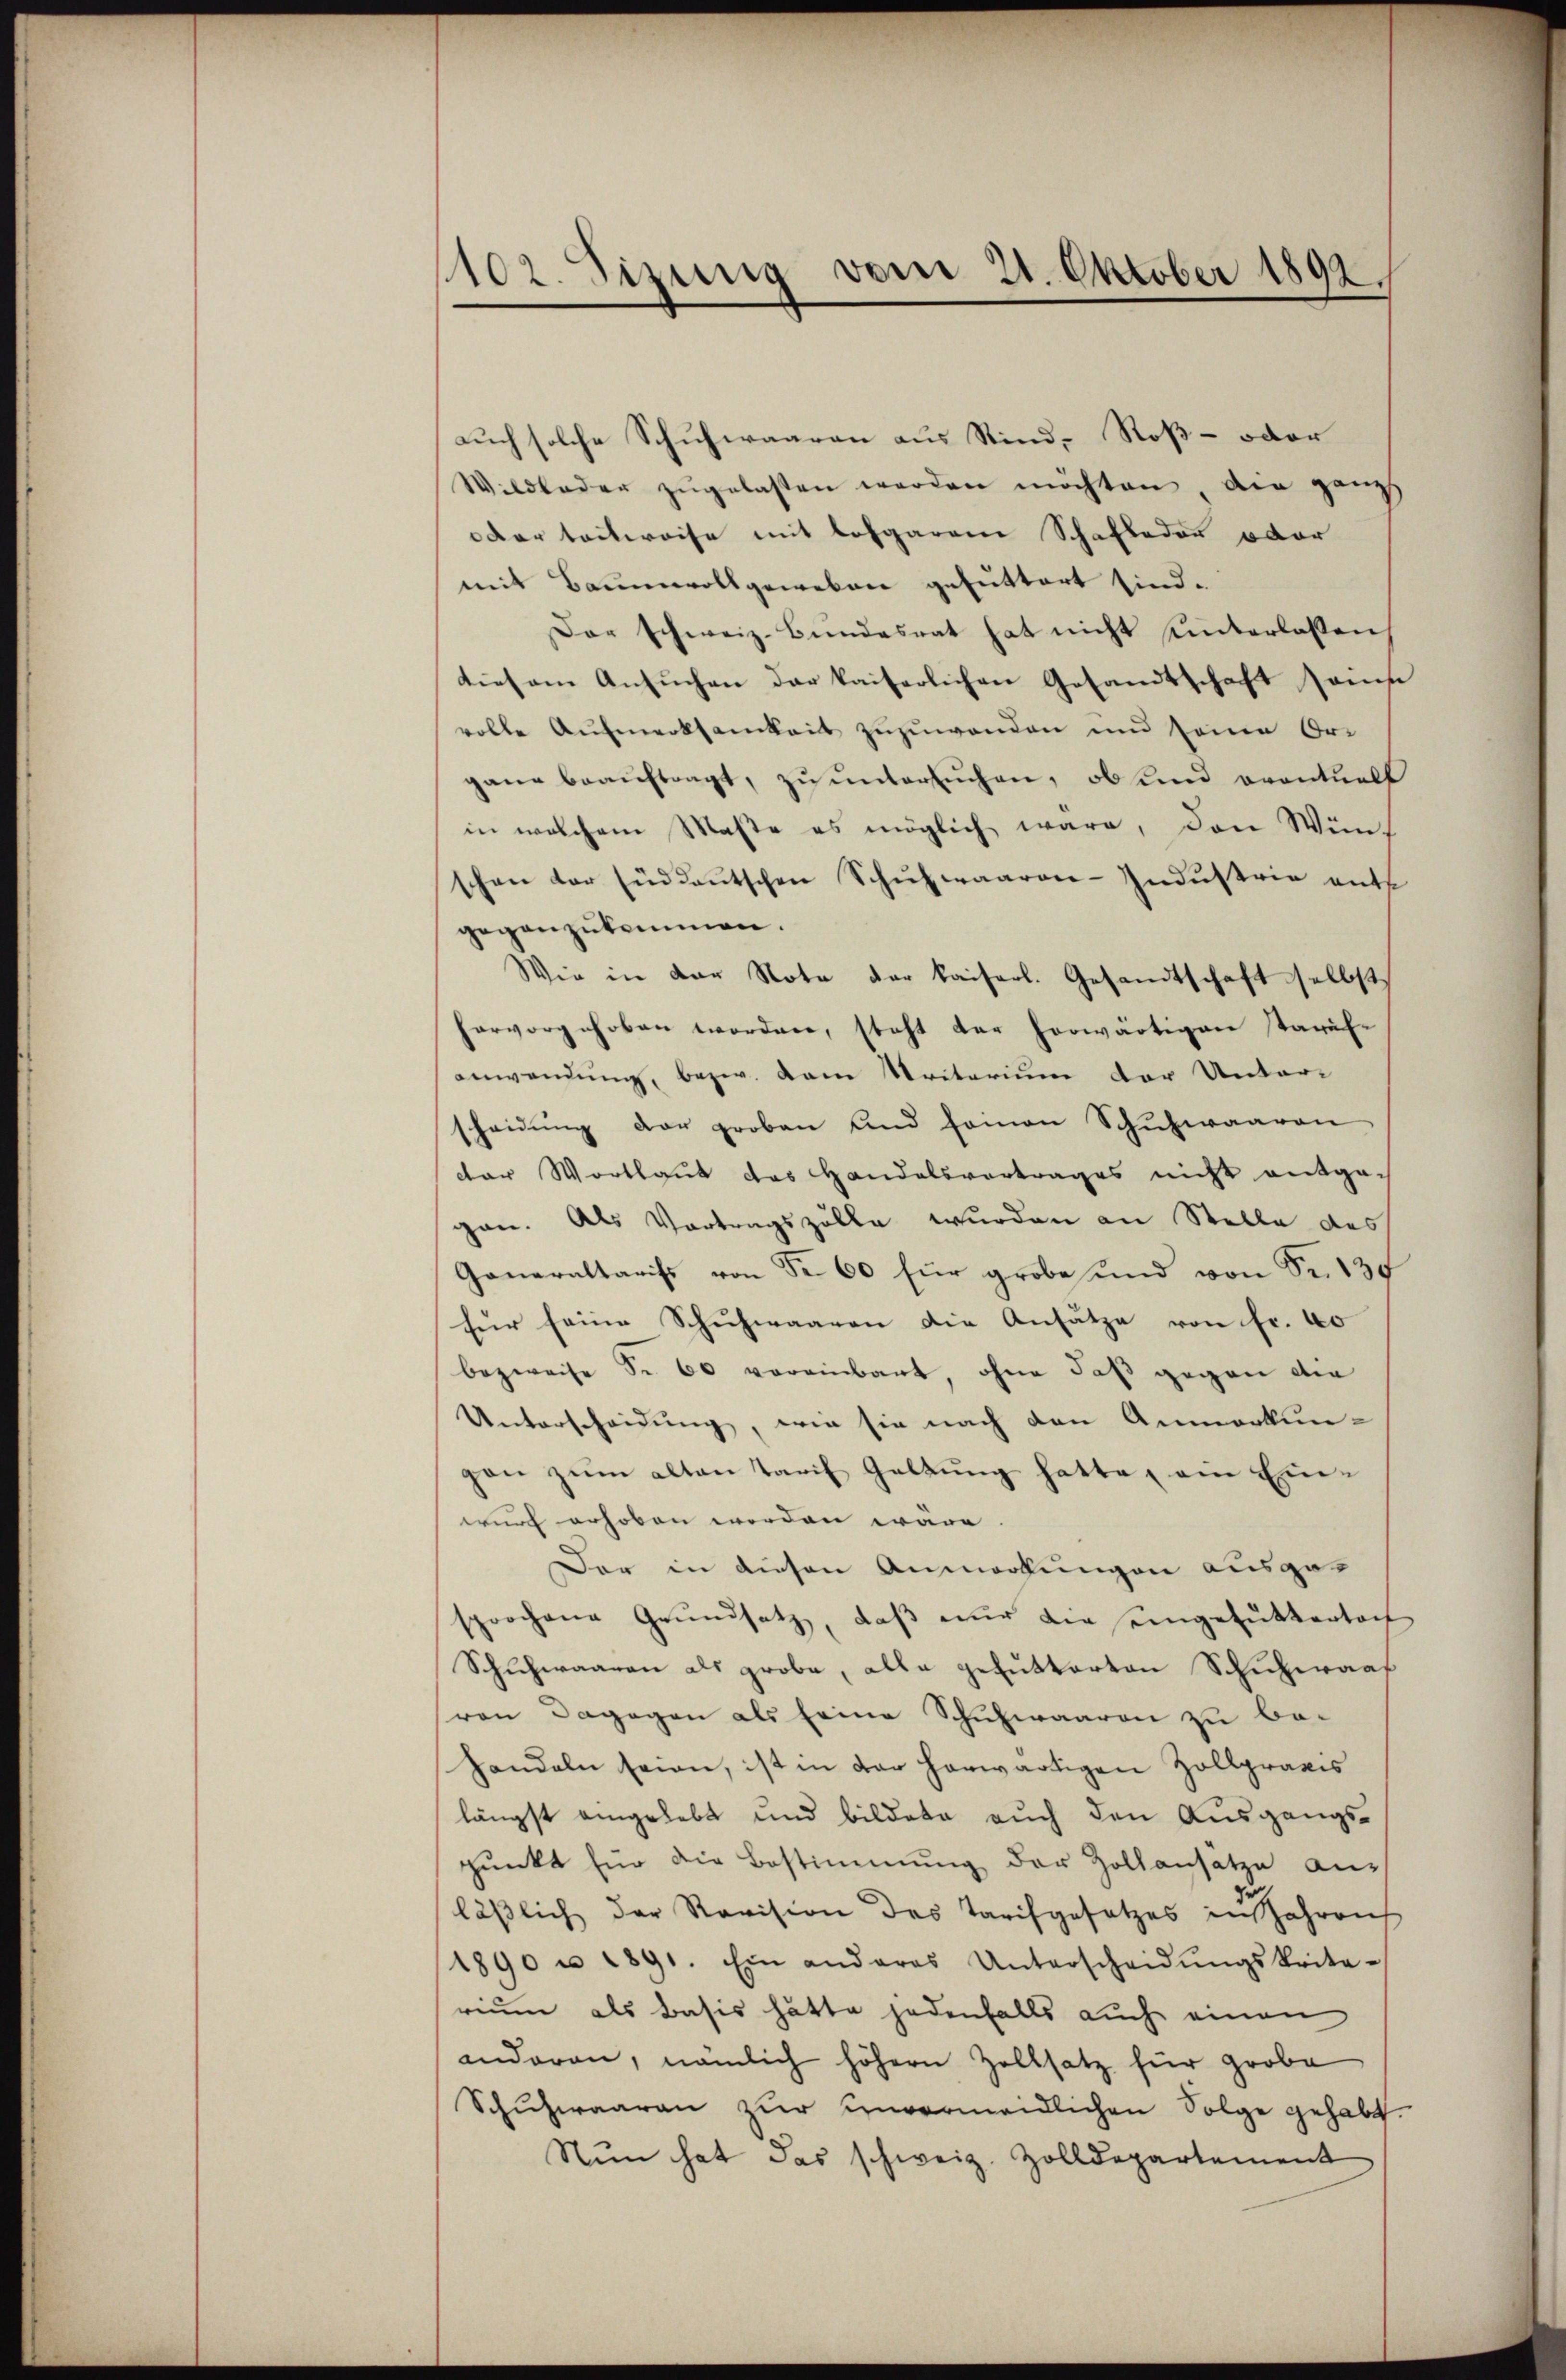
102. Sizung vom 21. Oktober 1892.

auch solche Schuhwaaren aus Rind- Roß- oder
Wildloder zugelassen werden möchten, die ganz
oder teilweise mit losgarem Schafladen oder
mit Baumwollgeweben gefuttert sind.
Dar schweiz. Bŭndesrat hat nicht unterlassen
ties am Ansuchen der kaiserlichen Gesandtschaft seine
volle Aufmerksamkeit zuzuwenden und seine Ori
gane beaŭftragt, zu untersŭchen, ob und eventuell
in welchem Maste es möglich wäre, den Wüns
schon der süddeŭtschen Schŭhwaaren-Industrie ents
gegenzukommen.
Wie in der Note der kaiserl. Gesandtschaft selbst
hervorgehoben worden, steht der herwärtigen staräf-
anwendung, bezw. dem Uritorium der Unter-
scheidŭng der groben und seinen Schŭlwaaren
dar Wortlaut das Handelsvertrages nicht entgegan. Als Vortragszölle wurden an Stelle des
Generaltarifs von Fr. 60 für grobe und von Sr. 130
für seine Schuhwaaren die Ansätze von fr. 60
bezweife Sr. 60 vereinbart, ohne daß gegen die
Unterscheidung, wie sie nach den Anmerkun-
gan zŭm alten Tarif Galtŭng hatte, am Einwurf erhoben worden wäre.
Der in diesen Anmerkungen ausgesprochene Grundsatz, daß nur die eingefuttertoch
Schuhwaaren als grobe, alle gefutterten Schuhwaaf
von dagegen als seine Schulwaaren zu be-
handeln seien, ist in der herwärtigen Zollpraxis
längst eingelebt und bildete auch den Ausgangspunkt für die Bestimmung der Zollansatze anläβlich der Revision des Tarifgesetzes in Jahren
1890 u. 1891. Ein anderes Unterscheidŭngskrita-
rium als Basis hätte jedenfalls auch einen
anderen, nämlich höhern Zollsatz für grobe
Schuhwaaren zŭr unvermeidlichen Folge gehabt.
Nun hat das schweiz. Zolldepartement